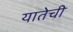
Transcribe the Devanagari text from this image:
यातेची